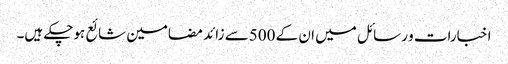
اخبارات و رسائل میں ان کے 500سے زائد مضامین شائع ہوچکے ہیں۔